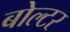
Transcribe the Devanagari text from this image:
बोल्टर